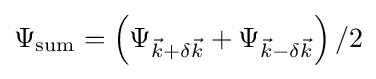
\Psi _{\text{sum}}=\left(\Psi _{{\vec {k}}+\delta {\vec {k}}}+\Psi _{{\vec {k}}-\delta {\vec {k}}}\right)/2